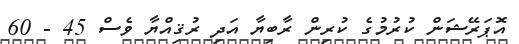
އޮޕަރޭޝަން ކުރުމުގެ ކުރިން ރާބިޔާ އަދި ރުޤިއްޔާ ވެސް 45 - 60